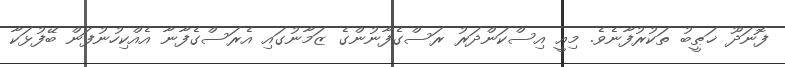
ފޮނަދޫ ޚަޠީބު ތަކުރުފާނެވެ. މިއީ އިސްކަންދަރު ރަސްގެފާނުންގެ ޒަމާނުގައި އެރަސްގެފާނާ އެއްކިހުނުފަން ބޭފުޅަކާ